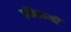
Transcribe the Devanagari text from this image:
प्रतिकामी